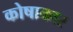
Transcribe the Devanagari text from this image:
कोषाकार